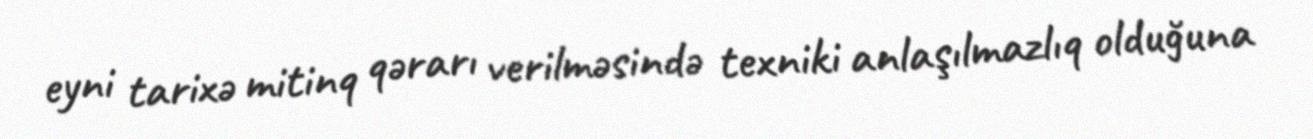
eyni tarixə mitinq qərarı verilməsində texniki anlaşılmazlıq olduğuna